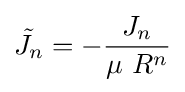
{\tilde {J_{n}}}=-{\frac {J_{n}}{\mu \ R^{n}}}